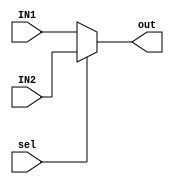
module MUX#(
    parameter WIDTH  =32  
) ( 
    input wire [WIDTH-1:0] IN1,IN2,
    input wire             sel,
    output reg [WIDTH-1:0] out         
);
always @(*) begin
    if (~sel)
            out=IN1;
    else    out=IN2;
    
end
    
endmodule